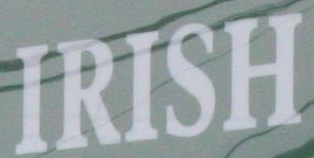
IRISH